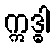
ဣဒ္ဓါ